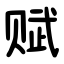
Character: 赋